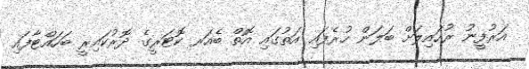
އަރުފީނު ރުހައިލަށް ބަލަން ހުރެފައި އަތުގައި އޮތް ބެއަރ ކޮޓަރީގެ ދޮރުކައިރީ ބަހައްޓާފައި